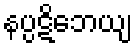
နပ္ပဋိဘေယျ